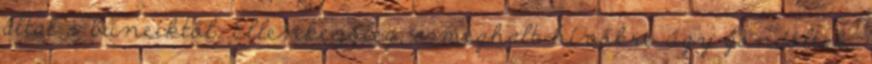
által a bűneiktől. Ellenkezőleg: a meghalt hívőkre úgy gondoltak,